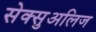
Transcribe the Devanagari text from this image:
सेक्सुअलिज